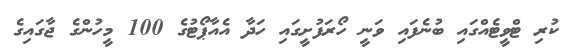
ކުރި ޓްވީޓެއްގައި ބުނެފައި ވަނީ ހޯރަފުށީގައި ހަދާ އެއާޕޯޓުގެ 100 މީހުންގެ ޖާގައިގެ